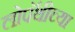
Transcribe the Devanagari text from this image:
लोपॅथीच्या